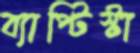
ব্যাপ্টিস্টা